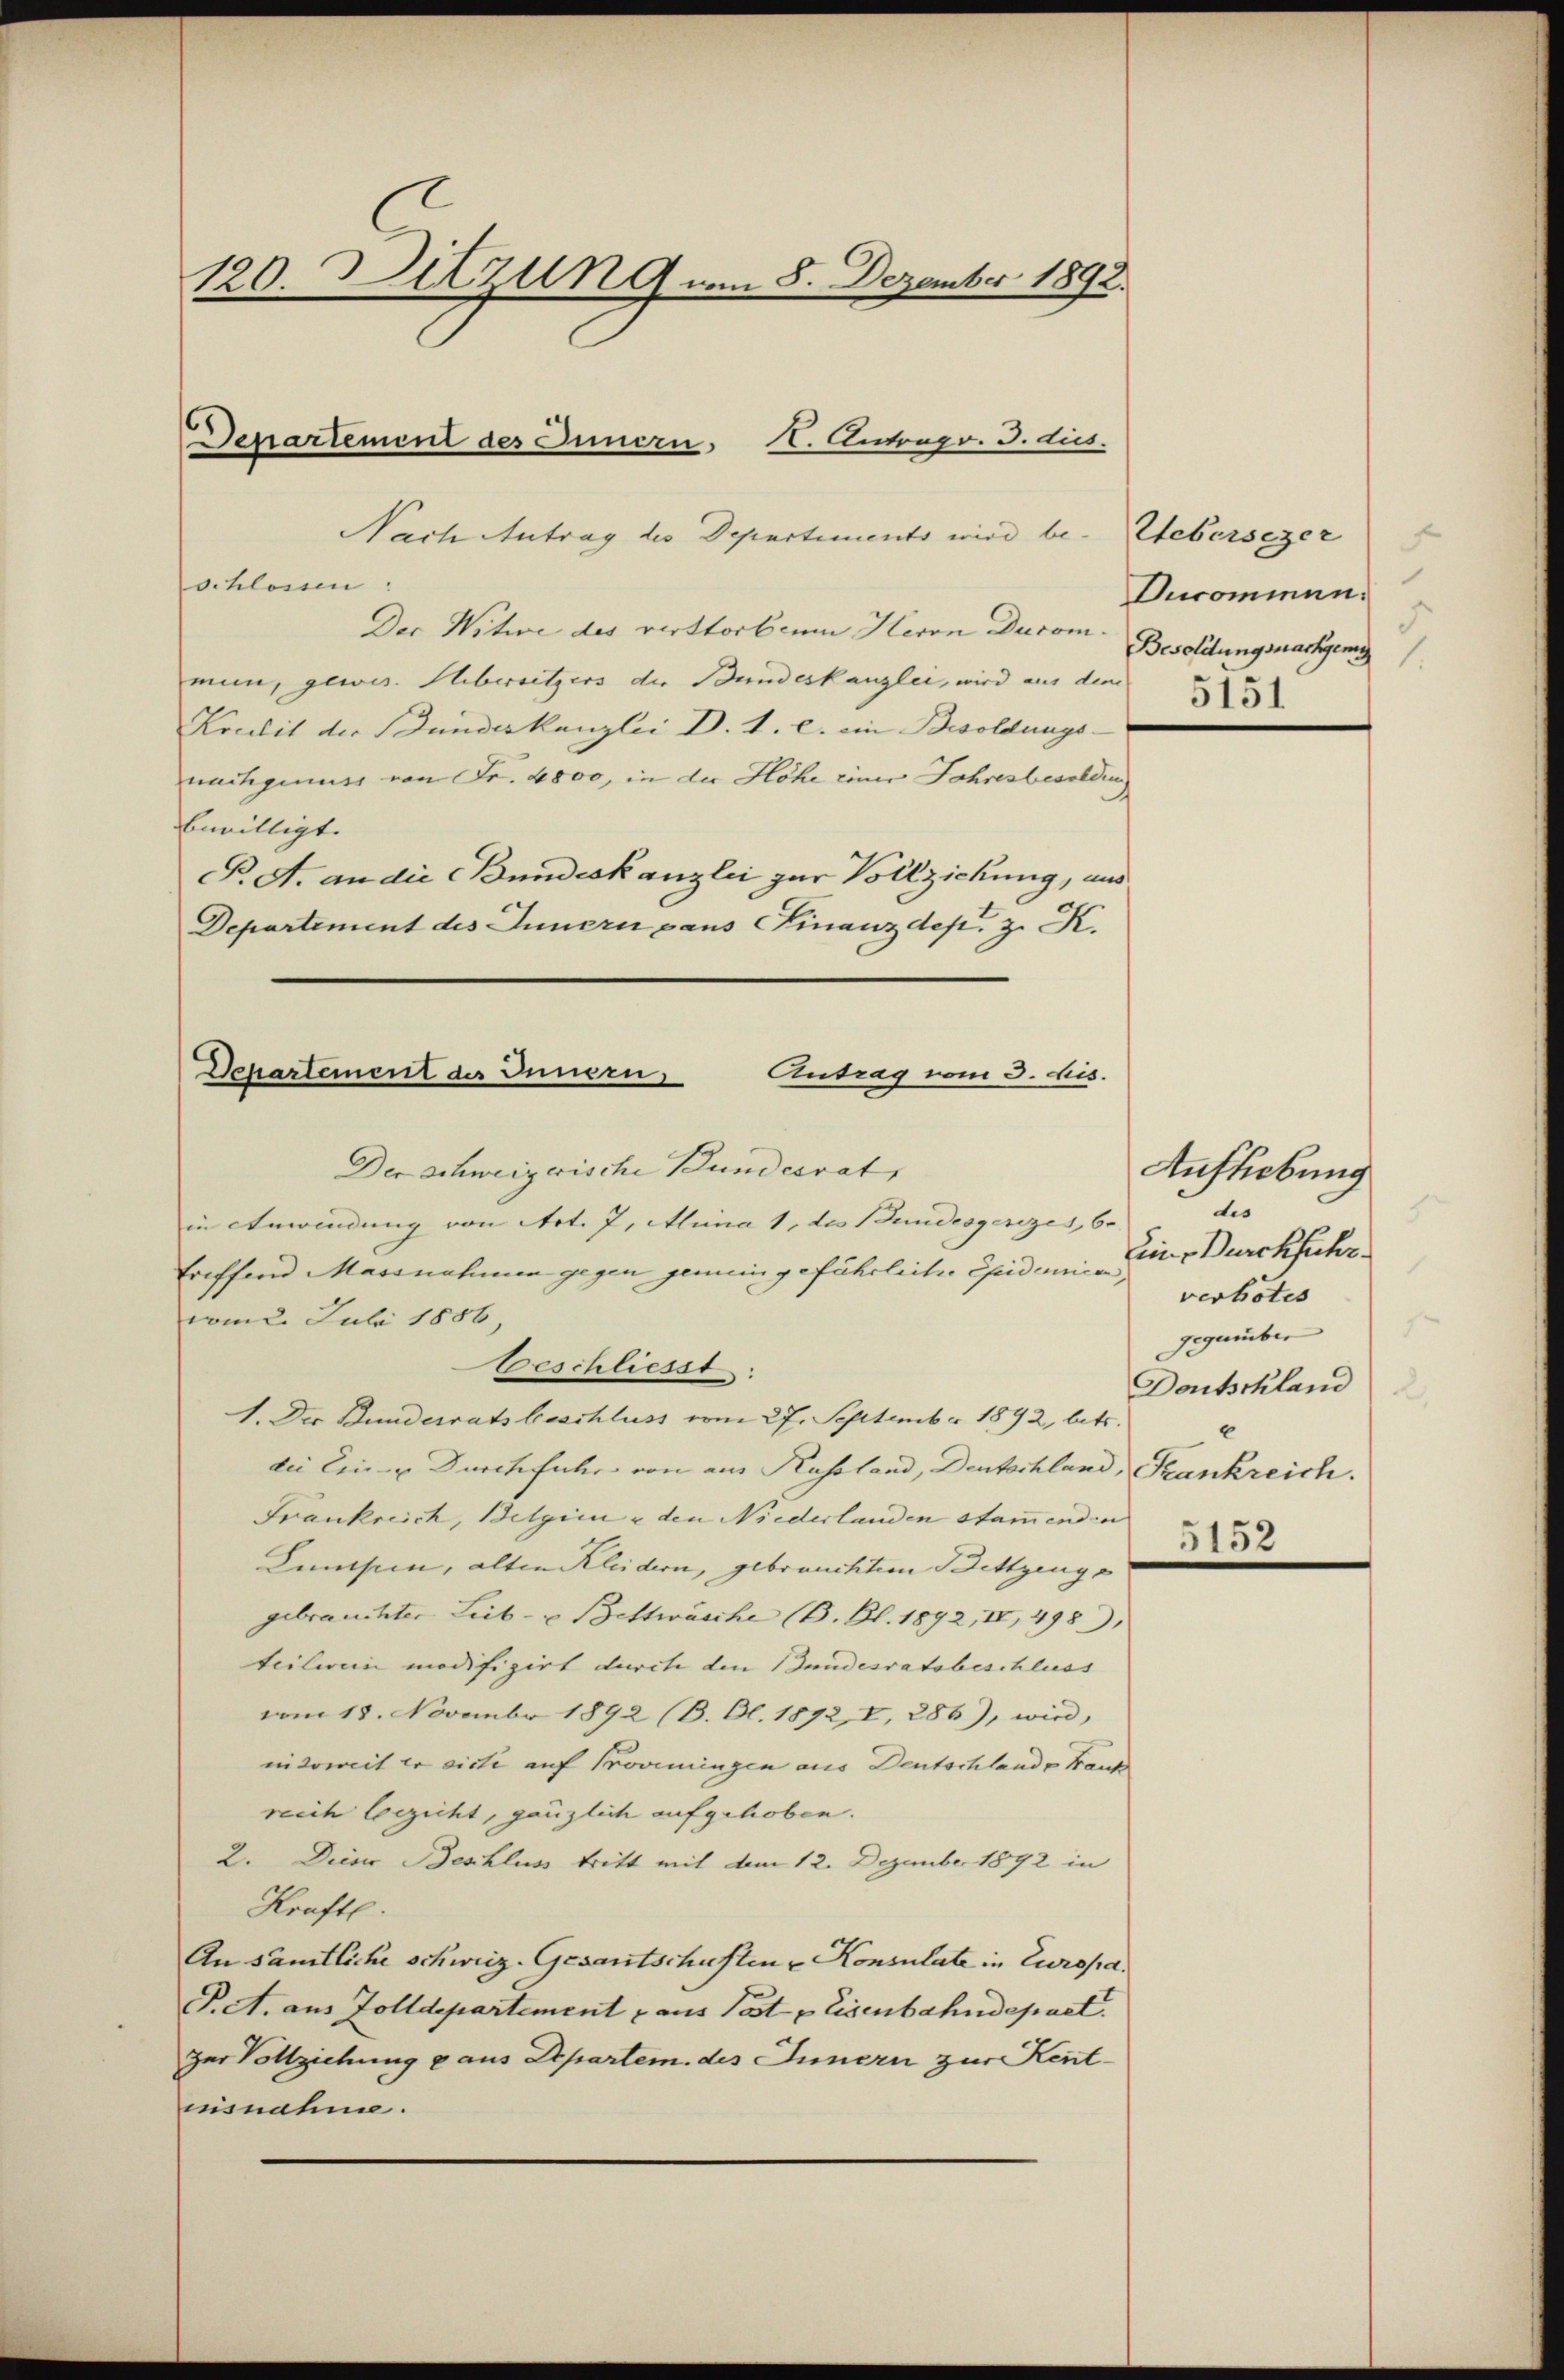
120. Ditzung vom 8. Dezember 1892.

Departement des Innern. 1. Antrag. 3. dies

Nach Antrag des Departements wird be- Webersezer
schlossen:
Der Witwe des verstorbeim Herrn Ducom-
mun, gewes. Übersitzers die Bundeskanzlei, wird aus dem
Kredit der Bundeskanzlei D. 1. c. ein Besoldungs-
nachgenuss von Fr. 4800, in die Höhe einer Jahresbesolden,
bewilligt. |
P. A. an die Bundeskanzlei zur Vollziehung, uns
Departement des Innern gans Finanzdep. z. K.

Dchartement des Innern,
Antrag vom 3. Mis.
Der schweizerische Bundesrat,

in Anwendung von Art. 7, Alina 1, des Bundesgesezes, 6.
treffend Massnahmen gegen gemein gefährliche Epidemicar,
vom 2. Juli 1886,
beschliesst:
1. Der Bunderrats beschluss vom 27. September 1892, betr.
die Ein u. Durchfuhr von am Kussland, Deutschland, Frankreich.
Frankreich, Belgien & den Niederlanden Stammend in
Censum, alten Kleidern, gebrauchtem Bettzeuge
gebrauchter Leib- u Bettwäsche (B. Bl. 1892, IV, 498
teilerein modifizirt durch den Bundesratsbeschluss |
vom 18. November 1892 (B. Al. 1872, I, 286), wird,
nidoweit er dicti auf Proviningen aus Deutschlande Franz
reich bezicht, gänzlich aufgehoben.
2. Dieser Beschluss tritt mit dem 12. Dezember 1892 in
Kraft.
An sämtliche schweiz. Gesantschusten u Konsulate in Europa.
P.A. aus Zolldepartement & aus Post & Eisenbahndepart.
zur Vollziehung aus Departem des Innern zur Kentinsnahme.

Ducominen.
5
Besoldungsnachgem
5151

Aufhebung
dis
Eine Durchfuhr.
verbotes
gegenüber
Deutschland
e

5152